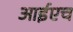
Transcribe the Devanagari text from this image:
आईएच